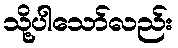
သို့ပါသော်လည်း